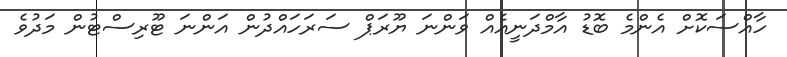
ހާއްސަކޮށް އެންމެ ބޮޑު އާމްދަނީއެއް ވަންނަ ޔޫރަޕް ސަރަހައްދުން އަންނަ ޓޫރިސްޓުން މަދުވެ